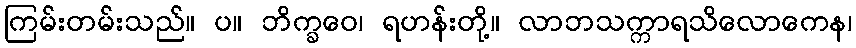
ကြမ်းတမ်းသည်။ ပ။ ဘိက္ခဝေ၊ ရဟန်းတို့။ လာဘသက္ကာရသိလောကေန၊